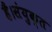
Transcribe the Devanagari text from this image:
हैं।संयुक्त